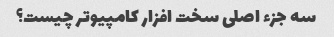
سه جزء اصلی سخت افزار کامپیوتر چیست؟